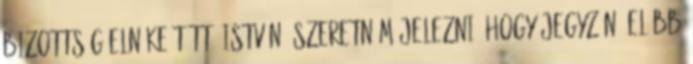
bizottság elnöke Tüttő István: Szeretném jelezni, hogy jegyzőnő előbb